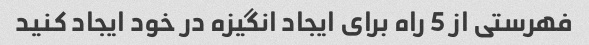
فهرستی از 5 راه برای ایجاد انگیزه در خود ایجاد کنید